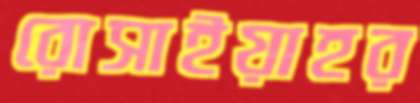
রোসাইয়াহর